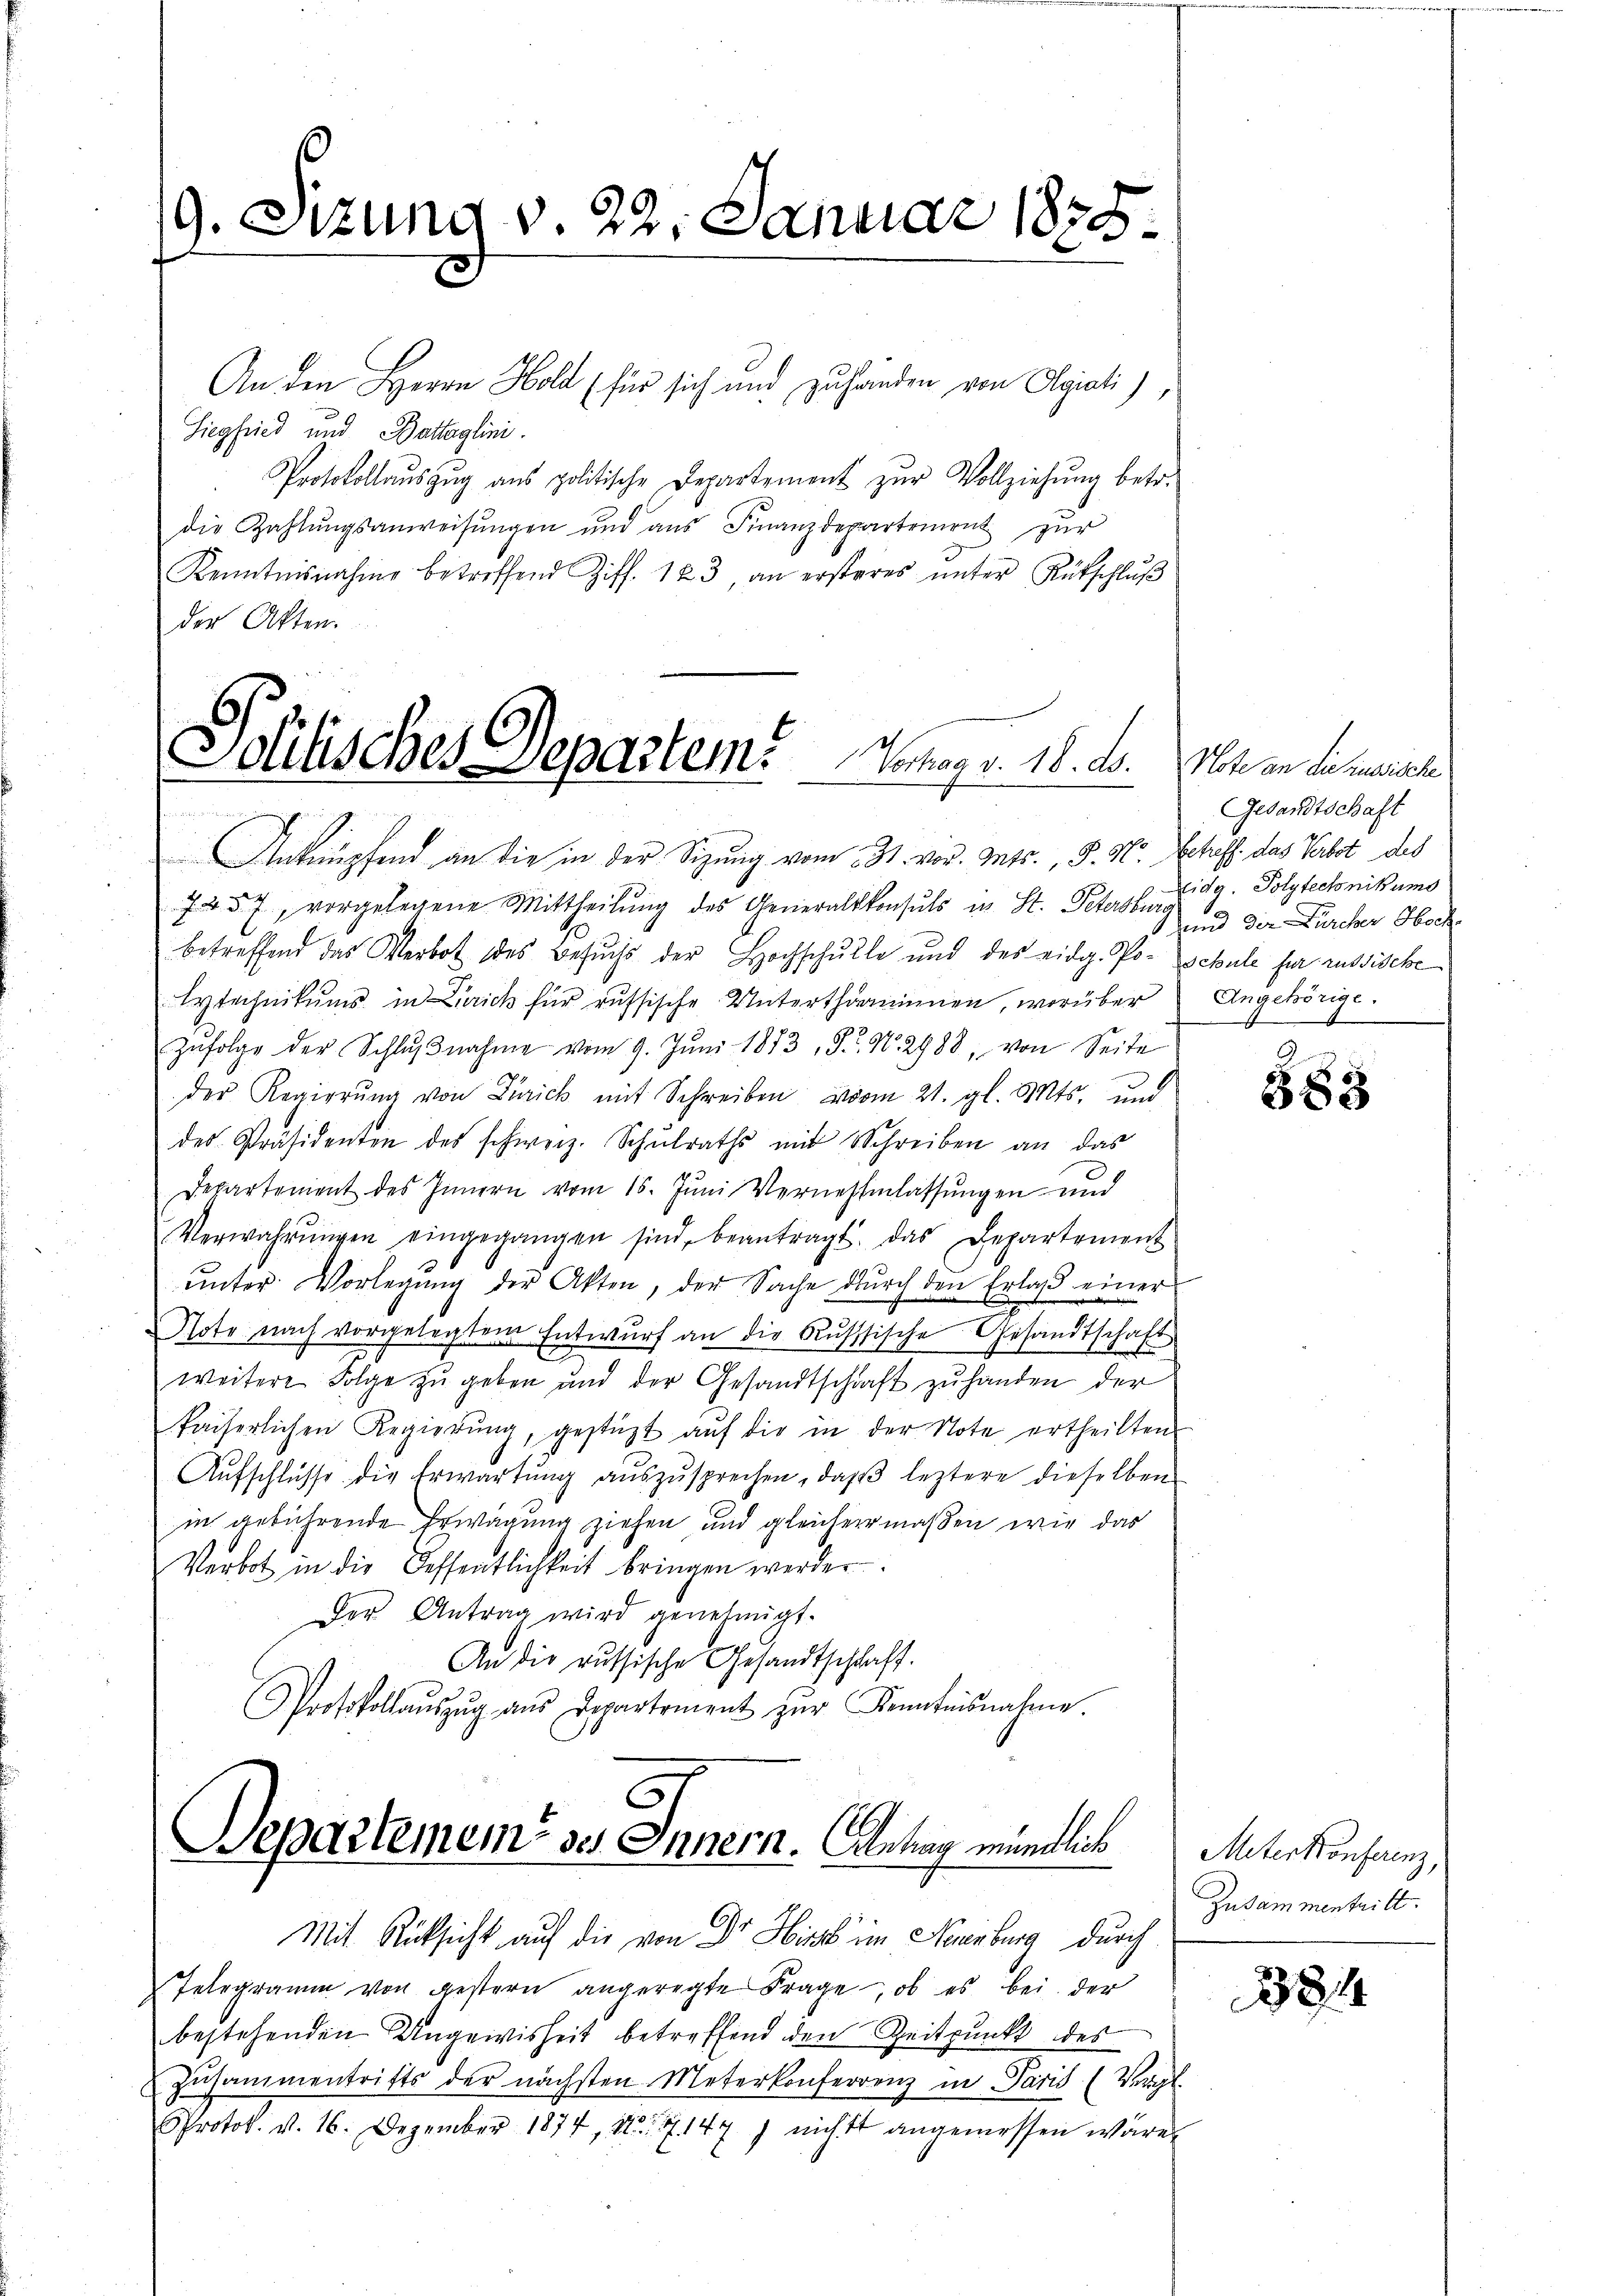
9. Sizung v. 22. Januar 1878

An den Herrn Hold (für sich und zuhanden von Algiati),
Siegfried und Battaglini.
Protokollaŭszŭg ans politische Departement zŭr Vollziehŭng betr.
die Zahlŭngsanweisŭngen und aus Finanzdepartement zur
Kenntnisnahme betreffend Ziff. 183, an ersteres ŭnter Rutschlŭβ
der Akten.

Politisches Departem Mag. 18. d.

Anknüpfend an die in der Sitzung vom 31. vor. Mts., P. M. Scheff das Verbot des

757, vorgelegene Mittheilŭng des Generalkonsuls in St. Petersburg
betreffend das Verbot des Besuchs der Hochschulle und des eidg. Po- Schule für russische
lytechnikums in Zürich für russische Unterthäninnen, worüber
Zŭfolge der Schlŭβnahme vom 9. Jŭni 1873, S. Nr. 2988, von Seite
der Regierŭng von Zürich mit Schreiben vom 21. gl. Mts. und
des Präsidenten des schweiz. Schulraths mit Schreiben an das
Departement des Innern vom 15. Juni Vernehmlassungen und
Verwahrŭngen eingegangen sind, beantragt. Das Departement
ŭnter Vorlegŭng der Akten, der Sache dŭrch den Erlaβ einer
Note nach vorgelegtem Entwurf an die Russische Gesandtschaft
u
weitere Folge zŭ geben und der Gesandtschaft zŭ handen der
faiserlichen Regierŭng, gestützt aŭf die in der Note ertheilten
Aŭfschlüsse die Erwartŭng aŭszŭsprechen, daβ leztere dieselben
in gebührende Erwägung ziehen und gleichermaßen wir das
Verbot in die Oeffentlichkeit bringen werden.
Der Antrag wird genehmigt.
An die russische Gesandtschlaft.
Protokollaŭszŭg aŭs Departement zŭr Kenntnisnahme.

Separtemein ses Innern. Antrag mündlich

Mit Rücksicht auf die von Dr Hirs im Neuenburg durch
Telegramm von gestern angeregte Frage, ob es bei der
bestehenden Ungewisheit betreffend den Zeitpunkt des
Zusammentritts der nächsten Meterkonferrenz in Paris (Vergl.
Protok. v. 16. Dezember 1874, No. 7. 147) nicht angemessen wäre.

Note an die aussische
Gesandtschaft
Eidg. Polytechnikums
und der Zürcher Obsch
Angehörige.

883

Miterkonferenz,
Zusammentritt.

381